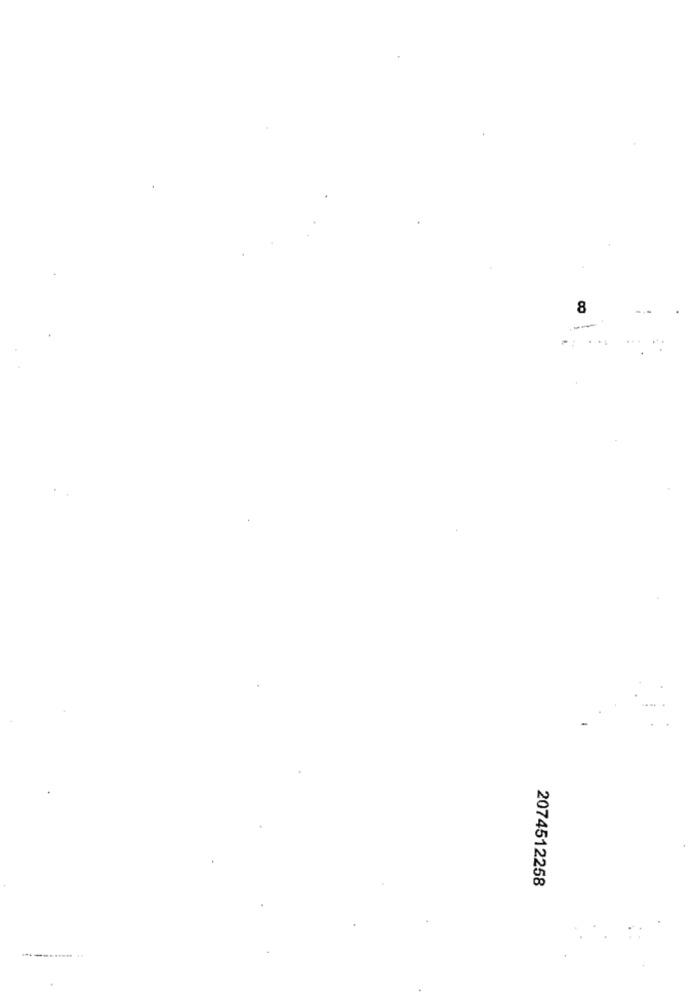
8
2074512258